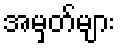
အမှတ်များ